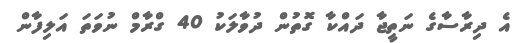
އެ ދިރާސާގެ ނަތީޖާ ދައްކާ ގޮތުން ދުވާލަކު 40 ގްރާމް ނުވަތަ އަލިފާން